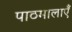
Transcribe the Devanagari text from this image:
पाठमालाएँ